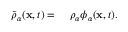
\begin{array} { r l } { \tilde { \rho } _ { \alpha } ( \mathbf { x } , t ) = } & { { } ~ \rho _ { \alpha } \phi _ { \alpha } ( \mathbf { x } , t ) . } \end{array}